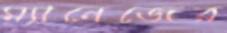
ম্যানেজের